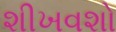
શીખવશો